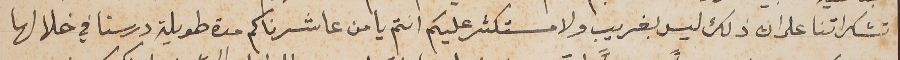
تشكراتنا على ان ذلك ليس بغريب ولا مستكثر عليكم انتم يا من عاشرناكم مدة طويلة درسنا في خلالها